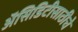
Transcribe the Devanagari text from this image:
अॅसिडिटीसाठीचे